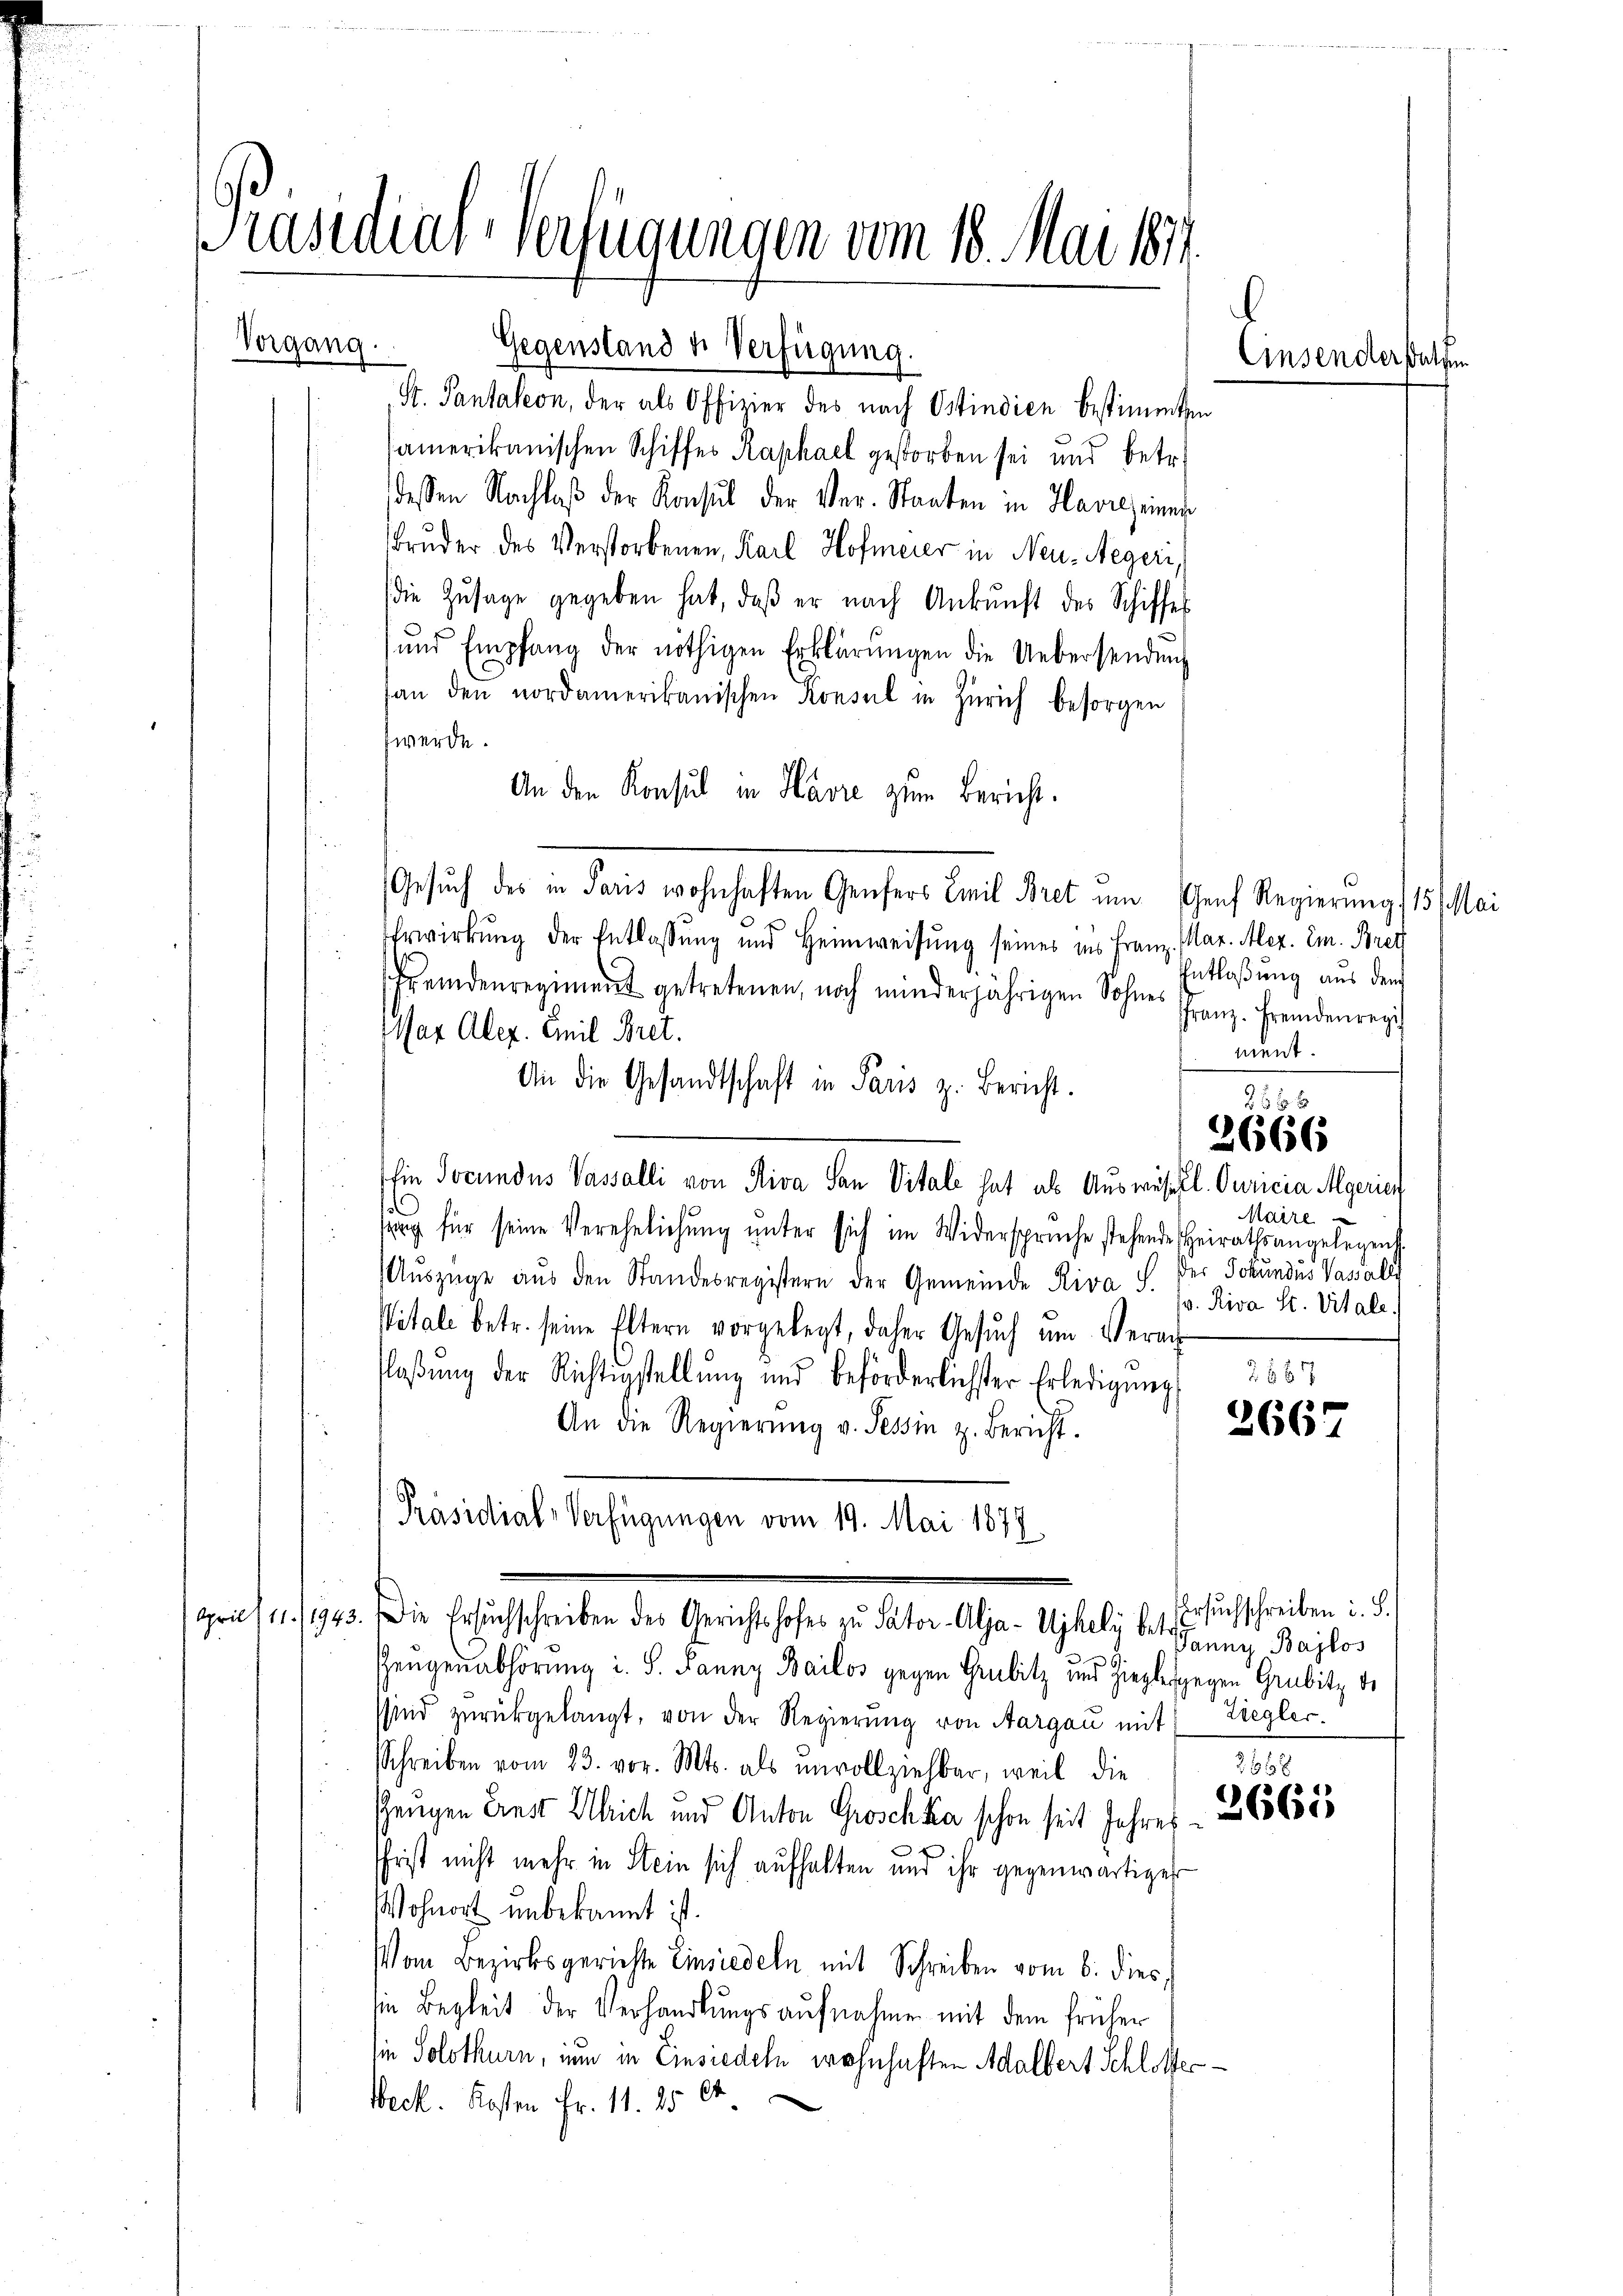
Präsidial-Verfügungen vom 18. Mai 1874.
Vorgang.
Gegenstand u. Verfügung.

St. Pantaleon, der als Offizier des nach Ostindien bestimmten

samerikanischen Schiffes Raphael gestorben sei und betr.
dessen Nachlaβ der Konsul der Ver- Staaten in Havieh einer
Bruder des Verstorbenen, Karl Hofmeier in Neu-Aegeri
(die Zŭsage gegeben hat, daβ er nach Ankunft des Schiffes
und Empfang der nöthigen Erklärungen die Uebersendŭng
han den nordamerikanischen Konsul in Zürich besorgen
werde.
An den Konsul in Havre zum Bericht.
u
Gesuch des in Paris wohnhaften Genfers Emil Bret um Genf Regierung / 15 Mai
Ehrwirkung der Entlassung und Heimweisung seines ins Franz. (Mar. Alez. Em. Brec
sfremdenregiment getretenen, noch minderjährigen Sohnes Franz fremdenregis
Max Alex. Emil Bret.
An die Gesandtschaft in Paris z. Bericht.
s
hin Jocundus Vasalli von Riva San Vitale hat als Auswestl. Curicia Algerien
1
Maire
sung für seine Verehelichŭng ŭnter sich im Widersprüche stehende Heirathsangelegens
der Johandes Vasali
Aŭszüge aŭs den Standesregistern der Gemeinde Riva S.
v. Riva St. Vitale.
Vitale betr. seine Eltern vorgelegt, daher Gesuch um Veran¬
2687
laβŭng der Richtigstellŭng und beförderlichster Erledigŭng
An die Regierŭng v. Tessin z. Bericht.
2667
Präsidial-Verfügungen vom 19. Mai 1877
Ersuchschreiben i. S.
grief 1. /1923. Die Ersuchschreiben des Gerichtshofes zu Pater-Alja-Ujhely 6. Janny Bajlos
Zeugenabhörung i. S. Janny Bailos gegen Grubitz und Zieglesgegen Grubitz vo
sind zŭrückgelangt, von der Regierŭng von Aargau mit Ziegler.
Schreiben vom 23. vor. Mts. als unvollziehbar, weil die
2658
Zeugen Einst Ulrich und Anton Groschka schon seit Jahres - 656583
sfrist nicht mehr in Stein sich aufhalten und ihr gegenwärtigen
Wohnort unbekannt ist.
Von Bezirksgerichte Einsiedeln mit Schreiben vom 6. dies
in Begleit der Verhandlungsaufnahme mit dem früher
sie Solothurn, nun in Einsiedeln wohnhaften Adalbert Schlottes¬
Weck. Kosten Fr. 11. 1564

Entlaßung aus dem
mient.

235 x
2666

Einsendersalsun